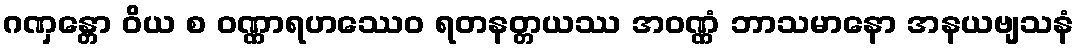
ဂဏှန္တော ဝိယ စ ဝဏ္ဏာရဟဿေဝ ရတနတ္တယဿ အဝဏ္ဏံ ဘာသမာနော အနယဗျသနံ